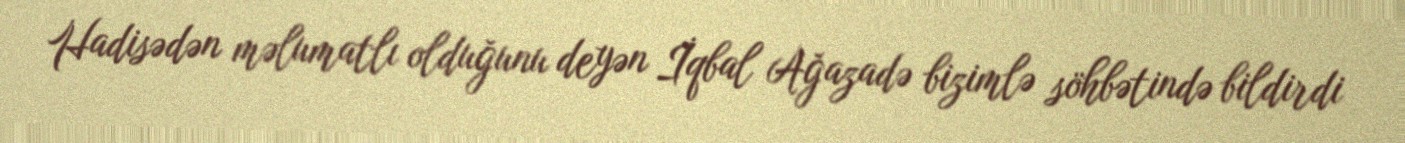
Hadisədən məlumatlı olduğunu deyən İqbal Ağazadə bizimlə söhbətində bildirdi